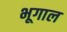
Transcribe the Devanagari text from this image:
भूगाल